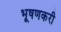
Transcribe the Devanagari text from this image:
भूषणकरी